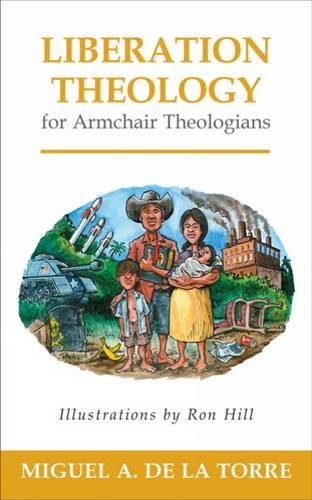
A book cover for Liberation Theology for Armchair Theologians; Miguel A. De La Torre; Christian Books & Bibles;